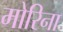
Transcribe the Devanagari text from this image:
मोरिना